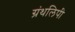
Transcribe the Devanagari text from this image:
ग्रंथलिपी